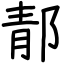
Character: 郬